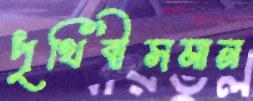
পৃথিবীসমান